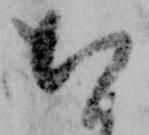
ち